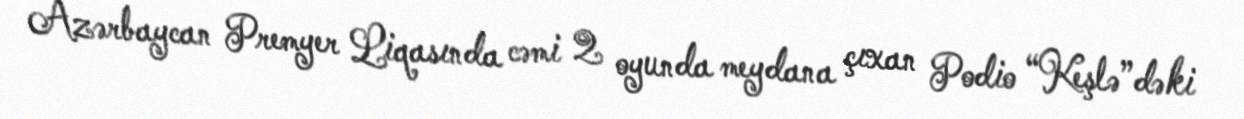
Azərbaycan Premyer Liqasında cəmi 2 oyunda meydana çıxan Podio “Keşlə”dəki